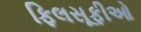
ફિલસૂફીઓ